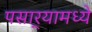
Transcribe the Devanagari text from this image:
पसार्‍यामध्ये